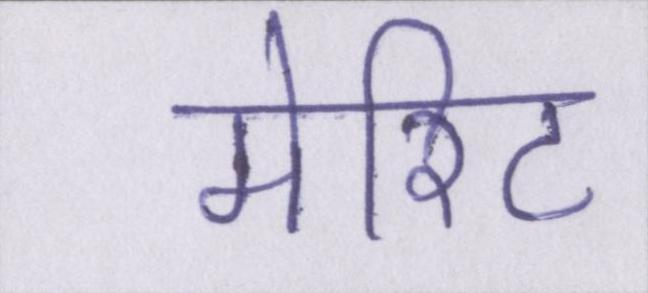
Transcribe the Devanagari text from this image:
मेरिट